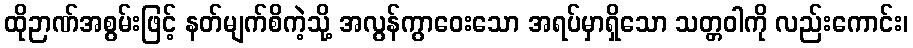
ထိုဉာဏ်အစွမ်းဖြင့် နတ်မျက်စိကဲ့သို့ အလွန်ကွာဝေးသော အရပ်မှာရှိသော သတ္တဝါကို လည်းကောင်း၊